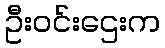
ဦးဝင်းဌေးက